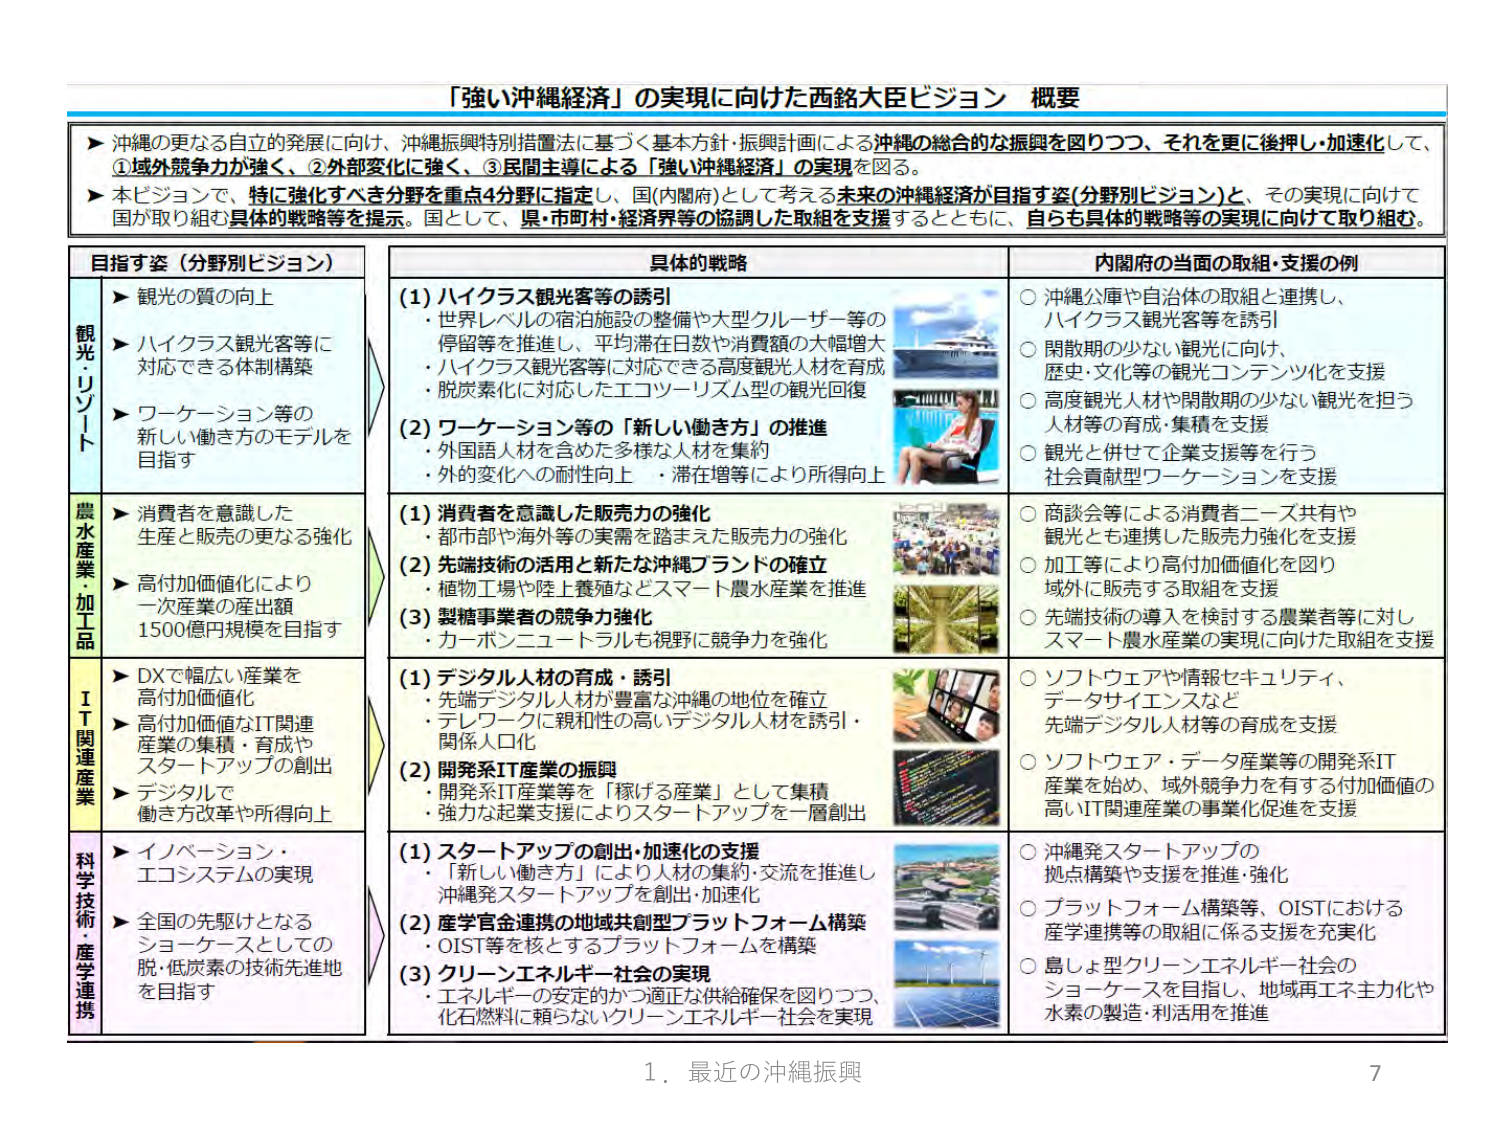
「強い沖縄経済」の実現に向けた西銘大臣ビジョン 概要

▶ 沖縄の更なる自立的発展に向け、沖縄振興特別措置法に基づく基本方針・振興計画による沖縄の総合的な振興を図りつつ、それを更に後押し・加速化して、
①域外競争力が強く、②外部変化に強く、③民間主導による「強い沖縄経済」の実現を図る。

▶ 本ビジョンで、特に強化すべき分野を重点4分野に指定し、国(内閣府)として考える未来の沖縄経済が目指す姿(分野別ビジョン)と、その実現に向けて
国が取り組む具体的戦略等を提示。国として、県・市町村・経済界等の協調した取組を支援するとともに、自らも具体的戦略等の実現に向けて取り組む。

目指す姿（分野別ビジョン）